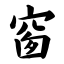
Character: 窗